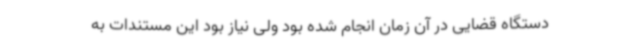
دستگاه قضایی در آن زمان انجام شده بود ولی نیاز بود این مستندات به